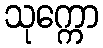
သုက္ကော